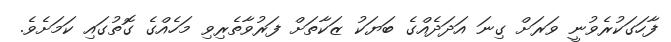
ފާހަގަކުރެވުނީ ވަރަށް ގިނަ އަދަދެއްގެ ބަޔަކު ޒަކާތަށް ފަރުވާތެރިވި މަހެއްގެ ގޮތުގައި ކަމަށެވެ.